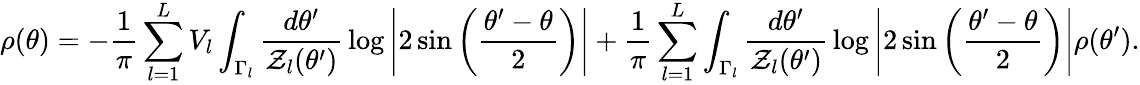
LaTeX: \rho(\theta)=-{\frac{1}{\pi}}\sum_{l=1}^{L}V_{l}\int_{\Gamma_{l}}{\frac{d\theta^{\prime}}{{\cal Z}_{l}(\theta^{\prime})}}\log\left|2\sin\left({\frac{\theta^{\prime}-\theta}{2}}\right)\right|+{\frac{1}{\pi}}\sum_{l=1}^{L}\int_{\Gamma_{l}}{\frac{d\theta^{\prime}}{{\cal Z}_{l}(\theta^{\prime})}}\log\left|2\sin\left({\frac{\theta^{\prime}-\theta}{2}}\right)\right|\rho(\theta^{\prime}).